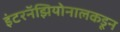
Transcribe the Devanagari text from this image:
इंटरनॅझियोनालकडून